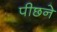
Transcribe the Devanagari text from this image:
पीछने